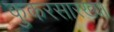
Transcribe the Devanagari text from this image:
कुकरसारख्या